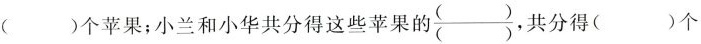
()个苹果；小兰和小华共分得这些苹果的\frac{()}{()},共分得()个